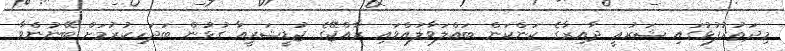
މިދަތުރުފުޅުގައި ޝަރުޢީ ދާއިރާގެ ކަންކަން ބައްލަވާލައްވައި ރާއްޖޭގެ ޖުޑީޝަރީއާ ގުޅުން ބަދަހިކުރުމަށް ބޭނުންވާ